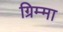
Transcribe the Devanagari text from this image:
ग्रिम्मा